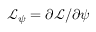
\mathcal { L } _ { \psi } = \partial \mathcal { L } / \partial \psi